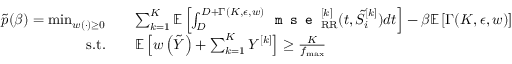
\begin{array} { r l } { \tilde { p } ( \beta ) = \operatorname* { m i n } _ { w ( \cdot ) \geq 0 } } & { \quad \sum _ { k = 1 } ^ { K } { \mathbb { E } } \left[ \int _ { D } ^ { D + \Gamma ( K , \epsilon , w ) } \texttt { m s e } _ { \mathrm { R R } } ^ { [ k ] } ( t , \tilde { S } _ { i } ^ { [ k ] } ) d t \right] - \beta { \mathbb { E } } \left[ \Gamma ( K , \epsilon , w ) \right] } \\ { \mathrm { s . t . } } & { \quad { \mathbb { E } } \left[ w \left( \tilde { Y } \right) + \sum _ { k = 1 } ^ { K } Y ^ { [ k ] } \right] \geq \frac { K } { f _ { \operatorname* { m a x } } } } \end{array}